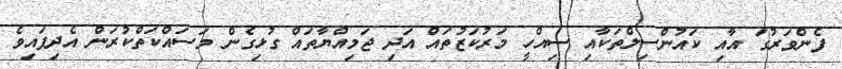
ފެންވަރުގަ އާއި ކައުންސިލްތަކާއި ސިއްހީ މަރުކަޒުތައް އަދި ޖަމިއްޔާތައް ގުޅިގެން މަސައްކަތްކުރަން އެދިފައިވެ